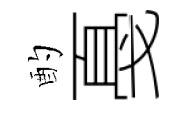
酌戞